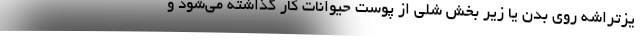
یزتراشه روی بدن یا زیر بخش شلی از پوست حیوانات کار گذاشته می‌شود و